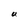
Character: U